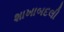
શાખાબદલી